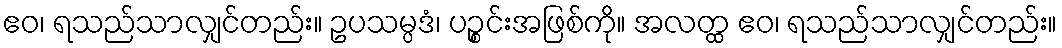
ဧဝ၊ ရသည်သာလျှင်တည်း။ ဥပသမ္ပဒံ၊ ပဉ္စင်းအဖြစ်ကို။ အလတ္ထ ဧဝ၊ ရသည်သာလျှင်တည်း။